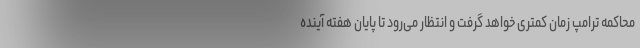
محاکمه ترامپ زمان کمتری خواهد گرفت و انتظار می‌رود تا پایان هفته آینده